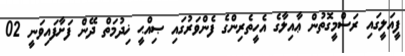
ފީއަލީގައި ރަސްމީގޮތުން ޢާއިލާގެ އެހީތެރިންގެ ފެންވަރުގައި ޞިއްޙީ ޚިދުމަތް ދޭން ފަށާފައިވަނީ 02